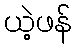
ယဲ့ဖန်